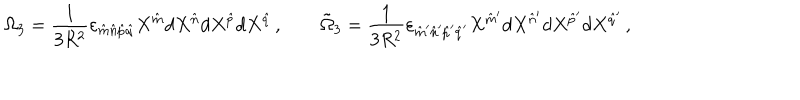
\Omega _ { 3 } = { \frac { 1 } { 3 R ^ { 2 } } } \varepsilon _ { \hat { m } \hat { n } \hat { p } \hat { q } } X ^ { \hat { m } } d X ^ { \hat { n } } d X ^ { \hat { p } } d X ^ { \hat { q } } \, , \qquad \tilde { \Omega } _ { 3 } = { \frac { 1 } { 3 R ^ { 2 } } } \varepsilon _ { \hat { m } ^ { \prime } \hat { n } ^ { \prime } \hat { p } ^ { \prime } \hat { q } ^ { \prime } } X ^ { \hat { m } ^ { \prime } } d X ^ { \hat { n } ^ { \prime } } d X ^ { \hat { p } ^ { \prime } } d X ^ { \hat { q } ^ { \prime } } \, ,